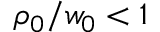
\rho _ { 0 } / w _ { 0 } < 1